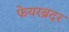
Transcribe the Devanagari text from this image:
फेयरब्रदर